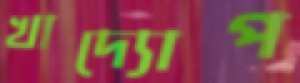
খাদ্যোপ